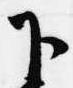
下